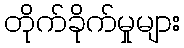
တိုက်ခိုက်မှုများ